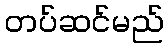
တပ်ဆင်မည်